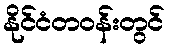
နိုင်ငံတဝန်းတွင်